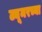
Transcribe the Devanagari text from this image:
ट्यूमरच्या